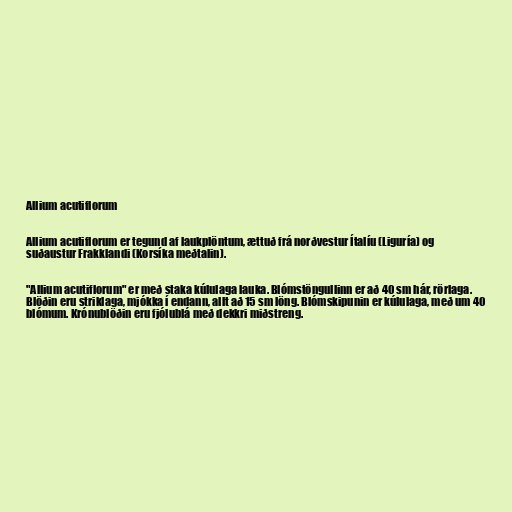
Allium acutiflorum

Allium acutiflorum er tegund af laukplöntum, ættuð frá norðvestur Ítalíu (Liguría) og
suðaustur Frakklandi (Korsíka meðtalin).

"Allium acutiflorum" er með staka kúlulaga lauka. Blómstöngullinn er að 40 sm hár, rörlaga.
Blöðin eru striklaga, mjókka í endann, allt að 15 sm löng. Blómskipunin er kúlulaga, með um 40
blómum. Krónublöðin eru fjólublá með dekkri miðstreng.